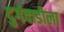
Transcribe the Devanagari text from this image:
दुर्गवाडीला